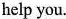
help you.